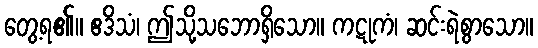
တွေ့ရ၏။ ဧဒိသံ၊ ဤသို့သဘောရှိသော။ ကဋုကံ၊ ဆင်းရဲစွာသော။